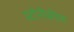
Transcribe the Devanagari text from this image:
स्टोनीक्रीक